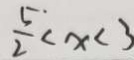
\frac { 5 } { 2 } < x < 3